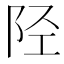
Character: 陉